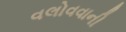
વલોવવાની